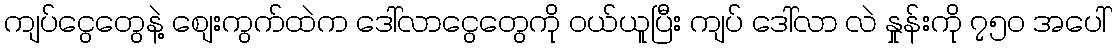
ကျပ်ငွေတွေနဲ့ စျေးကွက်ထဲက ဒေါ်လာငွေတွေကို ဝယ်ယူပြီး ကျပ် ဒေါ်လာ လဲ နှုန်းကို ၇၅၀ အပေါ်